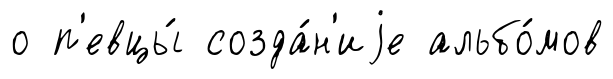
о п'евцы́ созда́н'иjе альбо́мов